Annual report of the Punjab Veterinary College and of the Civil Veterinary Department, Punjab - 1909-1919
Year: 1909
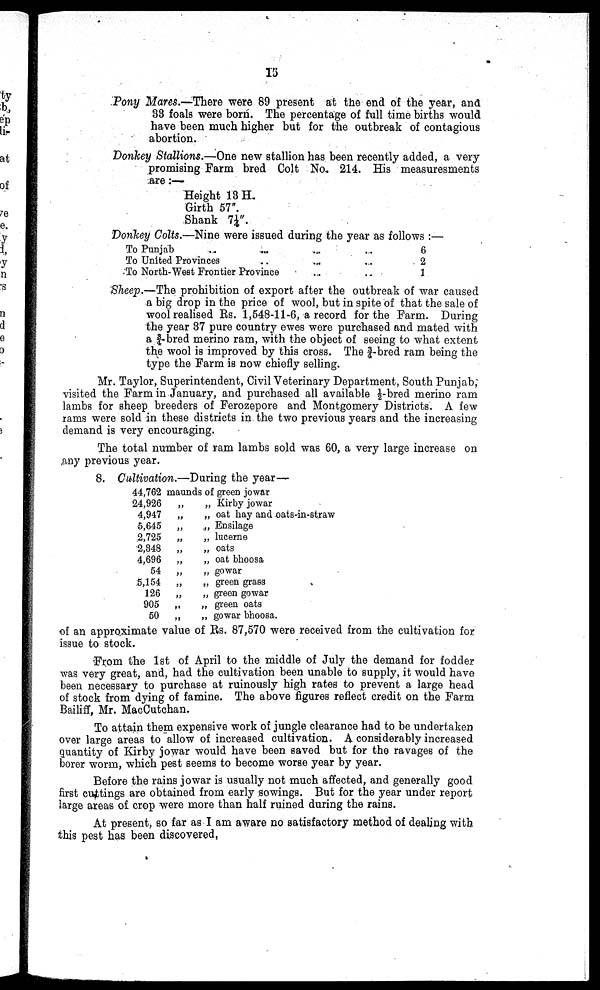
15
Pony Mares.—There were 89 present at the end of the year, and
33 foals were born. The percentage of full time births would
have been much higher but for the outbreak of contagious
abortion.
Donkey Stallions.—One new stallion has been recently added, a very
promising Farm bred Colt No. 214. His measuresments
are:—
Height 13 H.
Girth 57".
Shank 7¼".
Donkey Colts.—Nine were issued during the year as follows:—
To Punjab ... ... ... ...
To United Provinces ... ... ...
To North-West Frontier Province ... ...
6
2
1
Sheep.—The prohibition of export after the outbreak of war caused
a big drop in the price of wool, but in spite of that the sale of
wool realised Rs. 1,548-11-6, a record for the Farm. During
the year 37 pure country ewes were purchased and mated with
a 3/4-bred merino ram, with the object of seeing to what extent
the wool is improved by this cross. The ¾-bred ram being the
type the Farm is now chiefly selling.
Mr. Taylor, Superintendent, Civil Veterinary Department, South Punjab,
visited the Farm in January, and purchased all available ½-bred merino ram
lambs for sheep breeders of Ferozepore and Montgomery Districts. A few
rams were sold in these districts in the two previous years and the increasing
demand is very encouraging.
The total number of ram lambs sold was 60, a very large increase on
any previous year.
8. Cultivation.—During the year—
44,762
24,926
4,947
5,645
2,725
2,348
4,696
54
5,154
126
905
50
maunds of green jowar
„
„
„
„
„
„
„
„
„
„
„
„ Kirby jowar
„ oat hay and oats-in-straw
„ Ensilage
„ lucerne
„ oats
„ oat bhoosa
„ gowar
„ green grass
„ green gowar
„ green oats
„ gowar bhoosa.
of an approximate value of Rs. 87,570 were received from the cultivation for
issue to stock.
From the 1st of April to the middle of July the demand for fodder
was very great, and, had the cultivation been unable to supply, it would have
been necessary to purchase at ruinously high rates to prevent a large head
of stock from dying of famine. The above figures reflect credit on the Farm
Bailiff, Mr. MacCutchan.
To attain them expensive work of jungle clearance had to be undertaken
over large areas to allow of increased cultivation. A considerably increased
quantity of Kirby jowar would have been saved but for the ravages of the
borer worm, which pest seems to become worse year by year.
Before the rains jowar is usually not much affected, and generally good
first cuttings are obtained from early sowings. But for the year under report
large areas of crop were more than half ruined during the rains.
At present, so far as I am aware no satisfactory method of dealing with
this pest has been discovered.